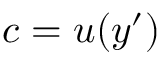
c = u ( y ^ { \prime } )